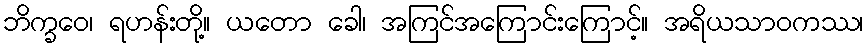
ဘိက္ခဝေ၊ ရဟန်းတို့။ ယတော ခေါ၊ အကြင်အကြောင်းကြောင့်။ အရိယသာဝကဿ၊